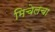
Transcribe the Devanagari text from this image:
मिचेलचा